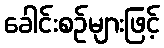
ခေါင်းစဉ်များဖြင့်